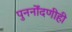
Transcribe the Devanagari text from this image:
पुनर्नोंदणीही